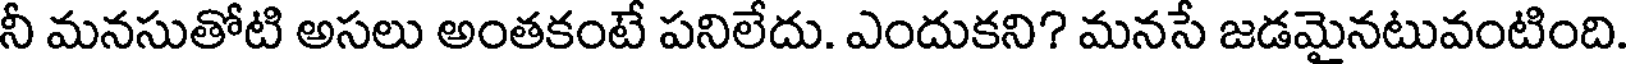
నీ మనసుతోటి అసలు అంతకంటే పనిలేదు. ఎందుకని? మనసే జడమైనటువంటింది